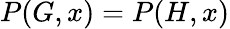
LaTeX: P(G,x)=P(H,x)